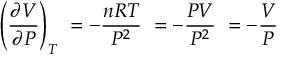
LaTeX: \left( { \frac { \partial V } { \partial P } } \right) _ { T } \ = - { \frac { n R T } { P ^ { 2 } } } \ = - { \frac { P V } { P ^ { 2 } } } \ = - { \frac { V } { P } }